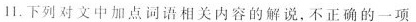
11.下列对文中加点词语相关内容的解说，不正确的一项